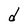
Character: d